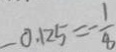
- 0 . 1 2 5 = - \frac { 1 } { 8 }